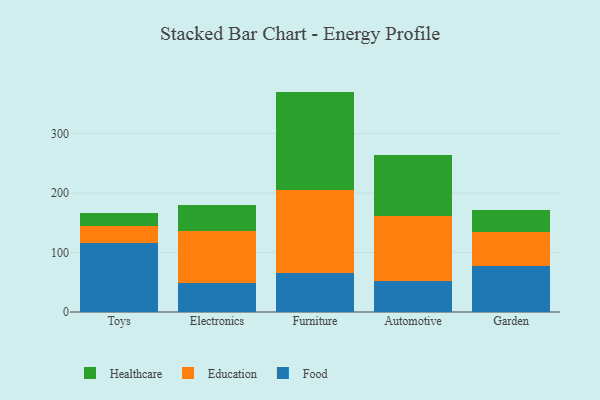
{"axis": {"x": "Category", "y": "Net Income (USD K)"}, "legend": ["Education", "Food", "Healthcare"], "data": [{"x": "Toys", "y": 116.0, "type": "Food"}, {"x": "Toys", "y": 29.2, "type": "Education"}, {"x": "Toys", "y": 21.9, "type": "Healthcare"}, {"x": "Electronics", "y": 48.1, "type": "Food"}, {"x": "Electronics", "y": 88.4, "type": "Education"}, {"x": "Electronics", "y": 43.5, "type": "Healthcare"}, {"x": "Furniture", "y": 65.0, "type": "Food"}, {"x": "Furniture", "y": 140.6, "type": "Education"}, {"x": "Furniture", "y": 164.9, "type": "Healthcare"}, {"x": "Automotive", "y": 52.9, "type": "Food"}, {"x": "Automotive", "y": 108.4, "type": "Education"}, {"x": "Automotive", "y": 102.3, "type": "Healthcare"}, {"x": "Garden", "y": 77.4, "type": "Food"}, {"x": "Garden", "y": 56.7, "type": "Education"}, {"x": "Garden", "y": 37.1, "type": "Healthcare"}]}